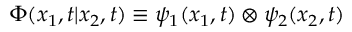
{ \Phi } ( x _ { 1 } , t | x _ { 2 } , t ) \equiv { \psi } _ { 1 } ( x _ { 1 } , t ) \otimes { \psi } _ { 2 } ( x _ { 2 } , t )